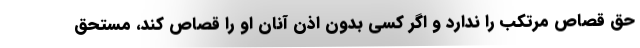
حق قصاص مرتکب را ندارد و اگر کسی بدون اذن آنان او را قصاص کند، مستحق